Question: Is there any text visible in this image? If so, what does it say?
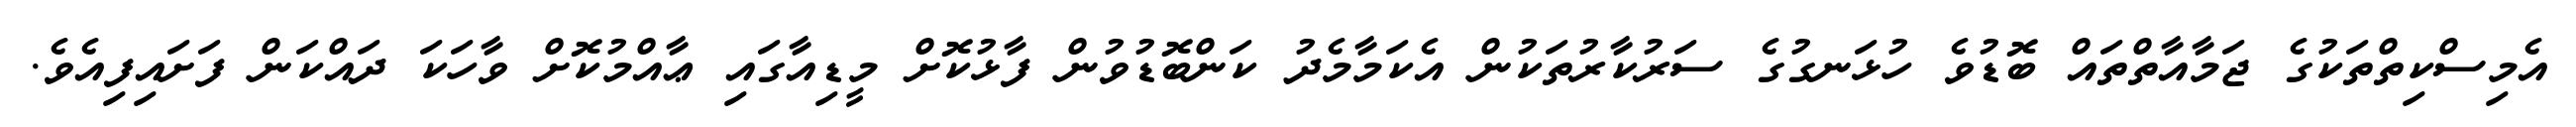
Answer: އެމިސްކިތްތަކުގެ ޖަމާއާތްތައް ބޮޑުވެ ހުޅަނގުގެ ސަރުކާރުތަކުން އެކަމާމެދު ކަންބޮޑުވުން ފާޅުކޮށް މީޑިއާގައި ޢާއްމުކޮށް ވާހަކަ ދައްކަން ފަށައިފިއެވެ.